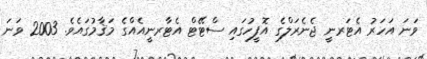
ވަނަ އަހަރު އެޓަރނީ ޖެނެރަލްގެ އޮފީހުގައި ސްޓޭޓް އެޓާރނީއެއްގެ މަޤާމުގައެވެ. 2003 ވަނަ